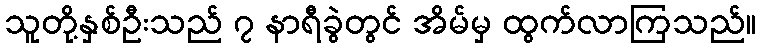
သူတို့နှစ်ဦးသည် ၇ နာရီခွဲတွင် အိမ်မှ ထွက်လာကြသည်။